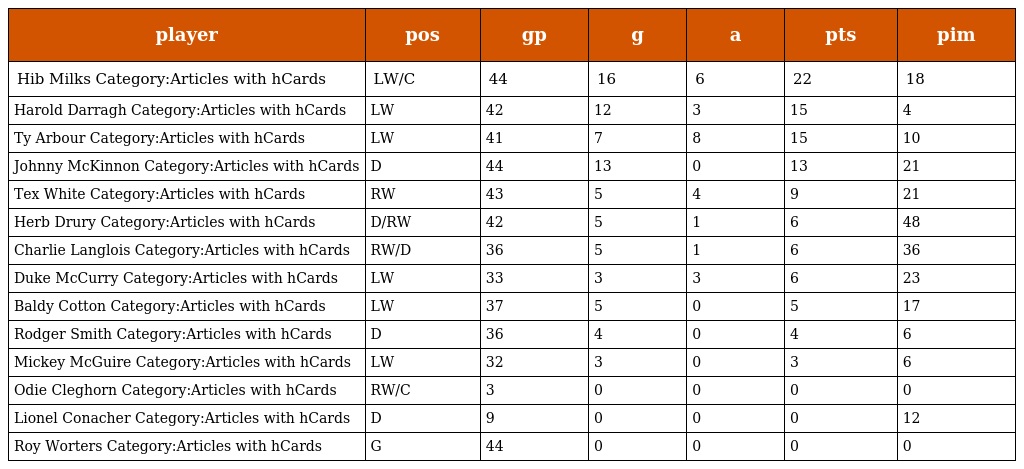
| player | pos | gp | g | a | pts | pim |
 | --- | --- | --- | --- | --- | --- | --- |
 | Hib Milks Category:Articles with hCards | LW/C | 44 | 16 | 6 | 22 | 18 |
 | Harold Darragh Category:Articles with hCards | LW | 42 | 12 | 3 | 15 | 4 |
 | Ty Arbour Category:Articles with hCards | LW | 41 | 7 | 8 | 15 | 10 |
 | Johnny McKinnon Category:Articles with hCards | D | 44 | 13 | 0 | 13 | 21 |
 | Tex White Category:Articles with hCards | RW | 43 | 5 | 4 | 9 | 21 |
 | Herb Drury Category:Articles with hCards | D/RW | 42 | 5 | 1 | 6 | 48 |
 | Charlie Langlois Category:Articles with hCards | RW/D | 36 | 5 | 1 | 6 | 36 |
 | Duke McCurry Category:Articles with hCards | LW | 33 | 3 | 3 | 6 | 23 |
 | Baldy Cotton Category:Articles with hCards | LW | 37 | 5 | 0 | 5 | 17 |
 | Rodger Smith Category:Articles with hCards | D | 36 | 4 | 0 | 4 | 6 |
 | Mickey McGuire Category:Articles with hCards | LW | 32 | 3 | 0 | 3 | 6 |
 | Odie Cleghorn Category:Articles with hCards | RW/C | 3 | 0 | 0 | 0 | 0 |
 | Lionel Conacher Category:Articles with hCards | D | 9 | 0 | 0 | 0 | 12 |
 | Roy Worters Category:Articles with hCards | G | 44 | 0 | 0 | 0 | 0 |